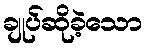
ချုပ်ဆိုခဲ့သော